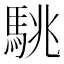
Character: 駣